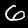
Label: 6